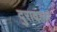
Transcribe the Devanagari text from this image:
दुरावला